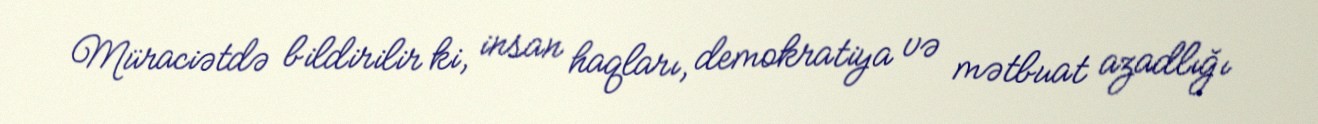
Müraciətdə bildirilir ki, insan haqları, demokratiya və mətbuat azadlığı